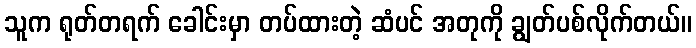
သူက ရုတ်တရက် ခေါင်းမှာ တပ်ထားတဲ့ ဆံပင် အတုကို ချွတ်ပစ်လိုက်တယ်။